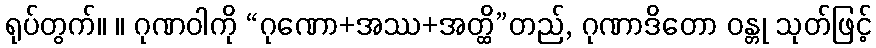
ရုပ်တွက်။ ။ ဂုဏဝါကို “ဂုဏော+အဿ+အတ္ထိ”တည်, ဂုဏာဒိတော ဝန္တု သုတ်ဖြင့်